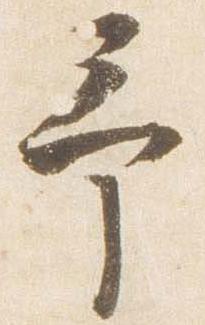
予